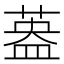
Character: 𱾄